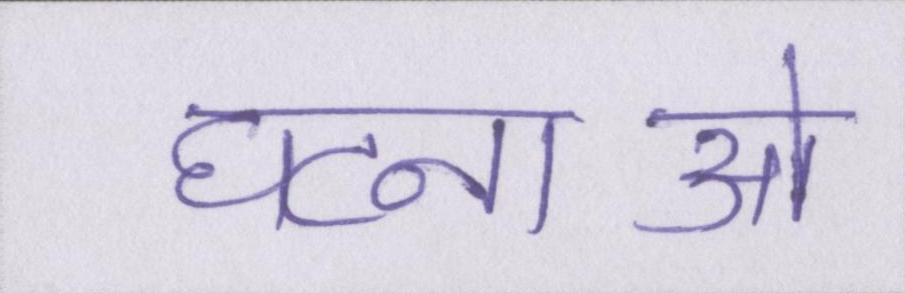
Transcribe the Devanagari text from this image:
घटनाओ